Burma Government Medical School reports 1923-41
Year: 1923
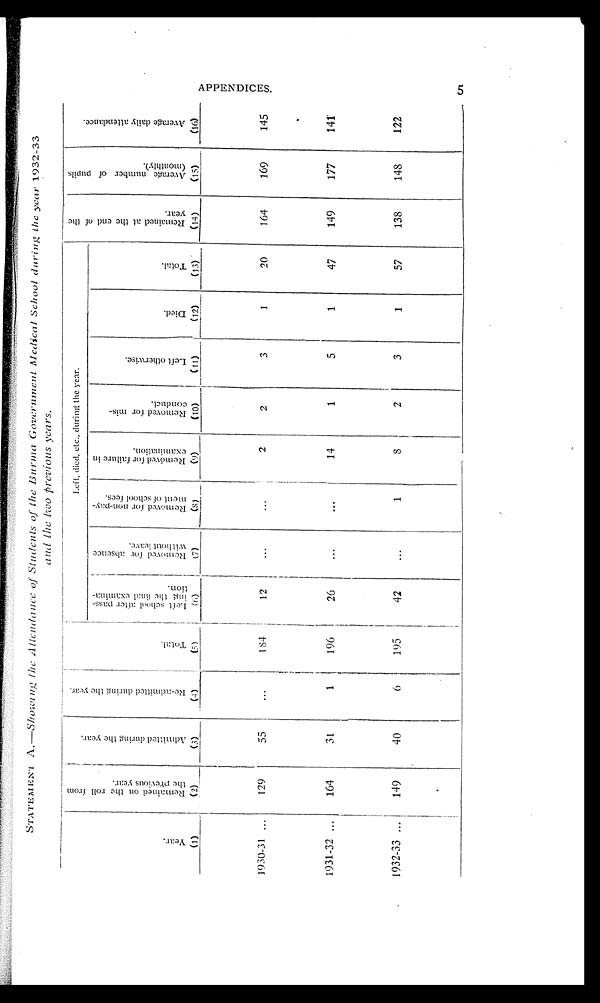
STATEMENT A .—Showing the Attendance of Students of the Burma Government Medical School during the year 1932-33
and the two previous years.
Y e a r .
(1)
R e m a i n e d o n t h e r o l l f r o m t h e p r e v i o u s y e a r .
( 2 )
A d m i t t e d d u r i n g t h e y e a r .
(3)
R e - a d m i t t e d d u r i n g t h e y e a r . ( 4 )
T o t a l
.
( 5 )
Left, died, etc., during the year.
R e m o v e d a t t h e e n d o f t h e y e a r .
(14)
A v e r a g e n u m b e r o f p u p i l s ( m o n t h l y ) .
(15)
A v e r a g e d a i l y a t t e n d a n c e .
(16)
L e f t s c h o o l a f t e r p a s s i n g t h e f i n a l e x a m i n a t i o n . ( 6 )
R e m o v e d f o r a b s e n c e w i t h o u t l e a v e
.
( 7 )
R e m o v e d f o r n o n - p a y m e n t o f s c h o o l f e e s .
(8)
R e m o v e d f o r f a i l u r e i n e x a m i n a t i o n .
( 9 )
R e m o v e d f o r m i s c o n d u e t . ( 1 0 )
L e f t o t h e r w i s e .
(11)
D i e d .
(12)
T o t a l .
(13)
1930-31 ...
129
5 5
...
184
12
. . .
_
...
2
2
3
1
20
164
169
145
1931-32 ...
164
31
1
196
26
...
...
14
1
5
1
47
149
177
141
1932- 33 . . .
149
40
6
195
42
...
1
8
2
3
1
57
138
148
122
A P P E N D I C E S .
5